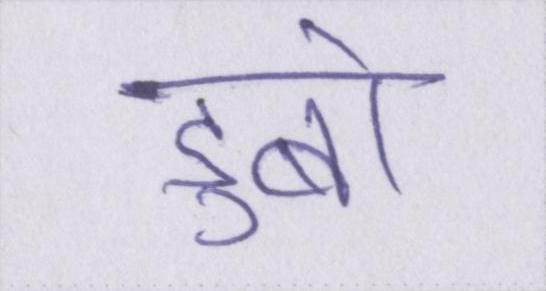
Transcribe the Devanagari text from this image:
डुबो